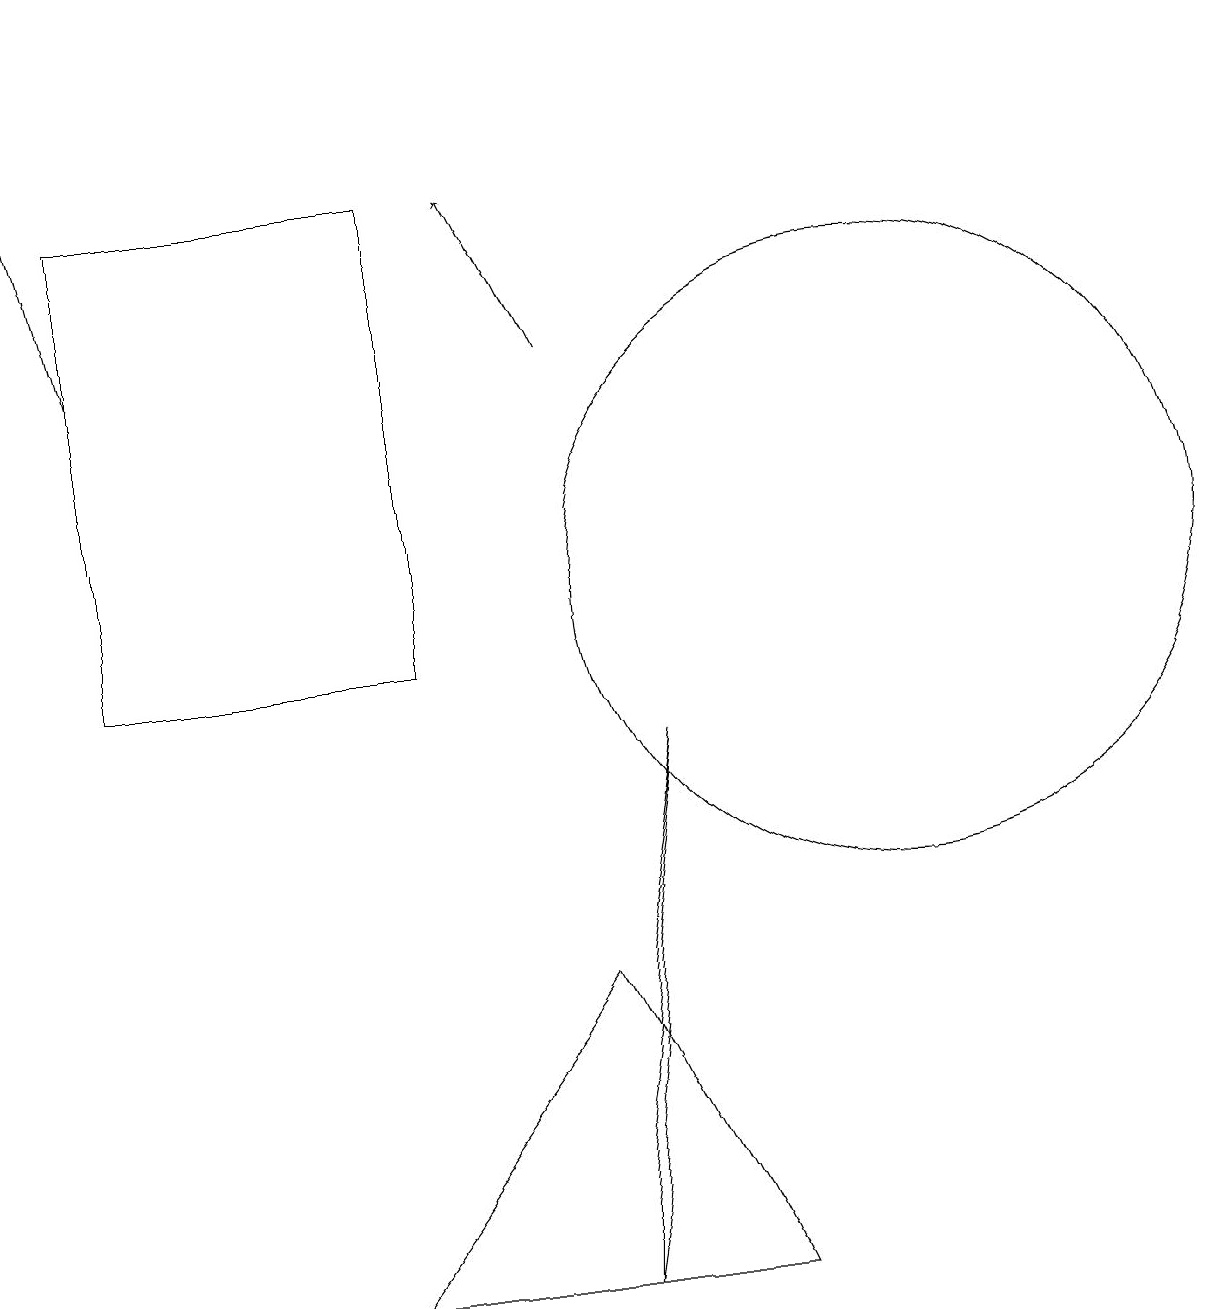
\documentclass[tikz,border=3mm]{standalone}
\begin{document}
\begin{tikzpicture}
\draw (1,16) rectangle (5,10);
\draw (11,11) circle (4);
\draw[->] (7,14) -- (6,16);
\draw (8,9) -- (7,2) -- (7,3) -- cycle;
\draw[->] (1,14) -- (0,18);
\draw (9,2) -- (4,2) -- (7,6) -- cycle;
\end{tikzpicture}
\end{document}